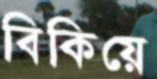
বিকিয়ে